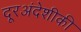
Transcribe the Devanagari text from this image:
दूरअंदेशीकी